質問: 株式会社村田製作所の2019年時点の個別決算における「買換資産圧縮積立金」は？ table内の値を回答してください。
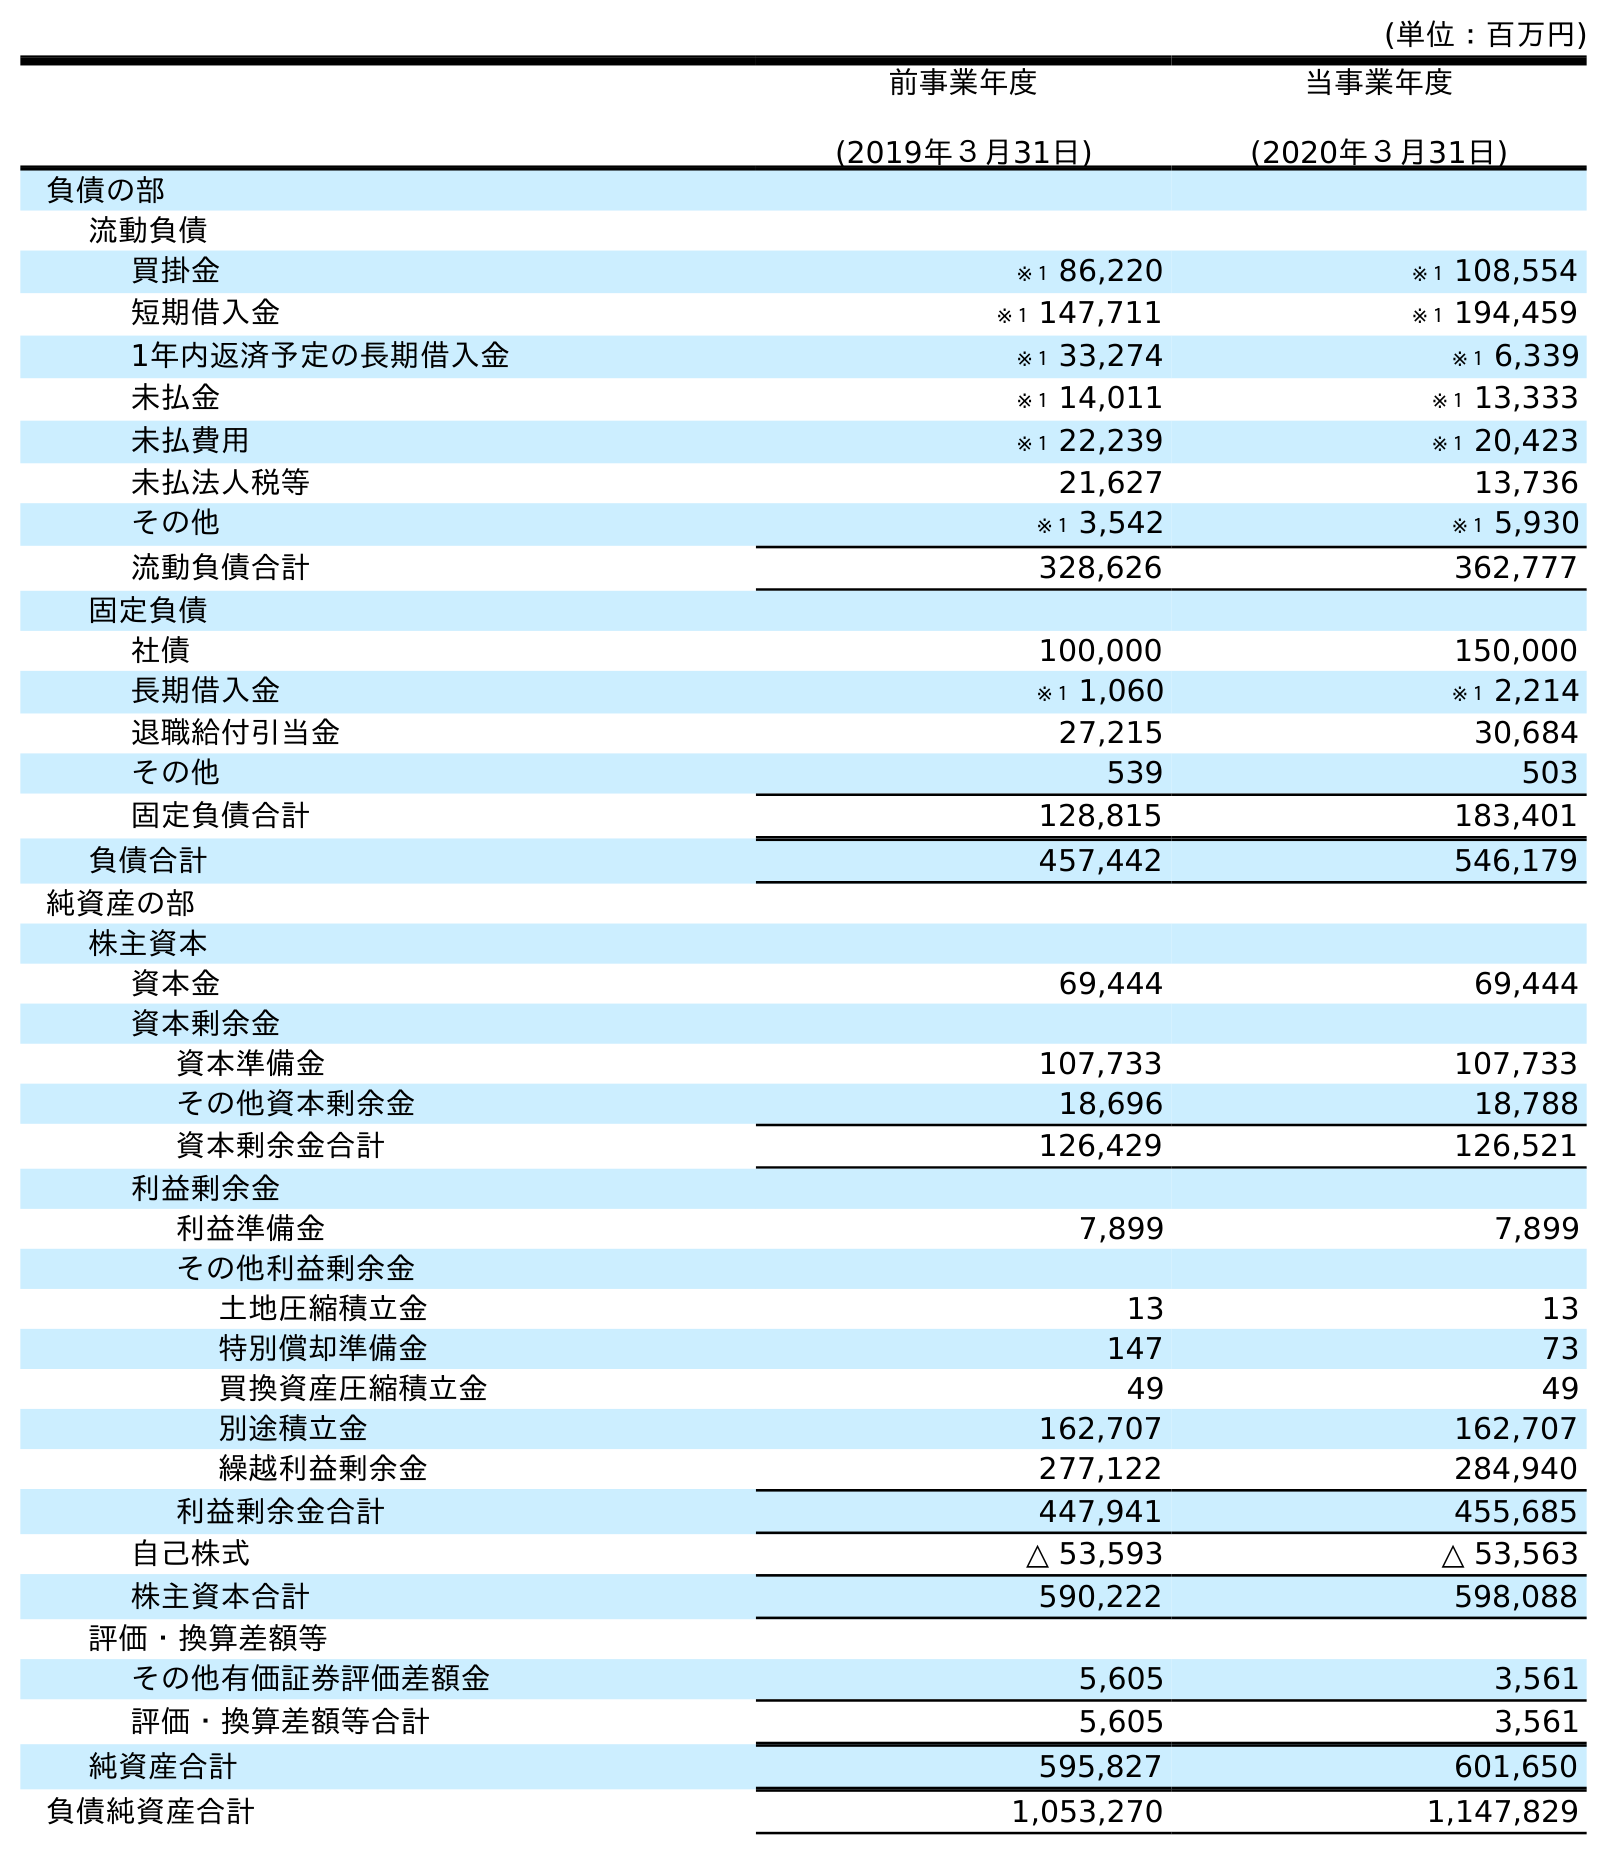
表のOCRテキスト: (単位：百万円) 前事業年度 (2019年３月31日) 当事業年度 (2020年３月31日) 負債の部 流動負債 買掛金 ※１ 86,220 ※１ 108,554 短期借入金 ※１ 147,711 ※１ 194,459 1年内返済予定の長期借入金 ※１ 33,274 ※１ 6,339 未払金 ※１ 14,011 ※１ 13,333 未払費用 ※１ 22,239 ※１ 20,423 未払法人税等 21,627 13,736 その他 ※１ 3,542 ※１ 5,930 流動負債合計 328,626 362,777 固定負債 社債 100,000 150,000 長期借入金 ※１ 1,060 ※１ 2,214 退職給付引当金 27,215 30,684 その他 539 503 固定負債合計 128,815 183,401 負債合計 457,442 546,179 純資産の部 株主資本 資本金 69,444 69,444 資本剰余金 資本準備金 107,733 107,733 その他資本剰余金 18,696 18,788 資本剰余金合計 126,429 126,521 利益剰余金 利益準備金 7,899 7,899 その他利益剰余金 土地圧縮積立金 13 13 特別償却準備金 147 73 買換資産圧縮積立金 49 49 別途積立金 162,707 162,707 繰越利益剰余金 277,122 284,940 利益剰余金合計 447,941 455,685 自己株式 △ 53,593 △ 53,563 株主資本合計 590,222 598,088 評価・換算差額等 その他有価証券評価差額金 5,605 3,561 評価・換算差額等合計 5,605 3,561 純資産合計 595,827 601,650 負債純資産合計 1,053,270 1,147,829
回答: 49